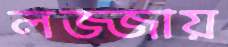
লজ্জায়